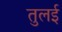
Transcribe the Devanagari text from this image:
तुलई